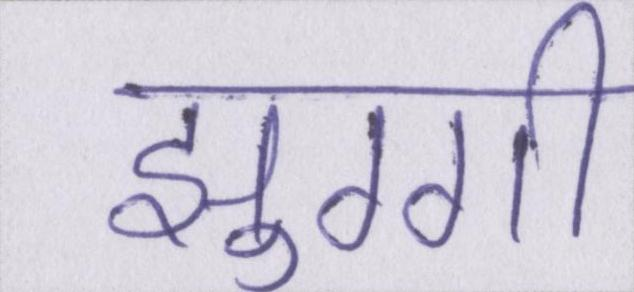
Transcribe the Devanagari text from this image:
झुग्गी